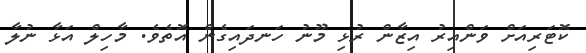
ކޮޓަރިއަށް ވަންއިރު އިޒާން ރުޅި މޫނު ހަނދައިގެން އޮތެވެ. މާހިލް އަޅާ ނުލާ